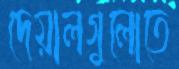
দেয়ালগুলোতে